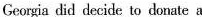
Georgia did decide to donate a